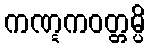
ကဏ္ဋကဝတ္တမ္ပိ